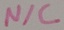
Text: N/C